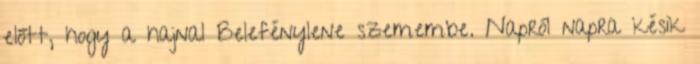
előtt, hogy a hajnal Belefénylene szemembe. Napról napra késik